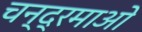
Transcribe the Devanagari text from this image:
चन्द्रमाओ